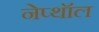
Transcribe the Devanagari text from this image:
नेप्थॉल